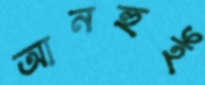
আনহুই